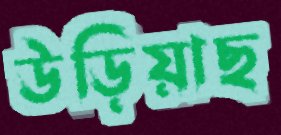
উড়িয়াছ